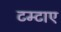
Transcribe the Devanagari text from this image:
टम्टाए